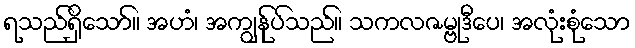
ရသည်ရှိသော်။ အဟံ၊ အကျွန်ုပ်သည်။ သကလဇမ္ဗုဒီပေ၊ အလုံးစုံသော